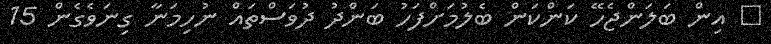
އިން ބަލަންޖެހޭ ކަންކަން ބެލުމަށްފަހު ބަންދު ދުވަސްތައް ނުހިމަނާ ގިނަވެގެން 15